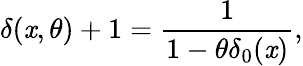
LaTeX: \delta(\mathit{x},\theta)+1=\frac{{1}}{{1-\theta\delta_{0}(\mathit{x})}},